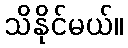
သိနိုင်မယ်။